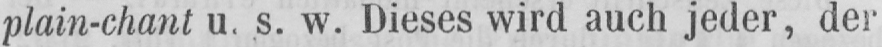
plain-chant u. s. w. Dieses wird auch jeder, der